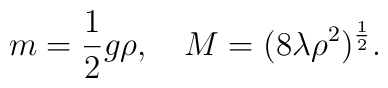
m = \frac12 g \rho, \quad M = (8 \lambda \rho^2)^{\frac12}.